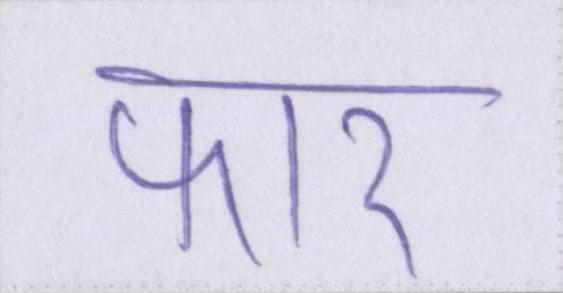
फार